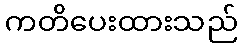
ကတိပေးထားသည်